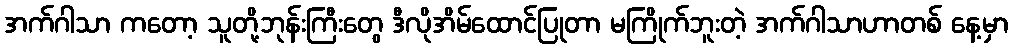
အက်ဂါသာ ကတော့ သူတို့ဘုန်းကြီးတွေ ဒီလိုအိမ်ထောင်ပြုတာ မကြိုက်ဘူးတဲ့ အက်ဂါသာဟာတစ် နေ့မှာ